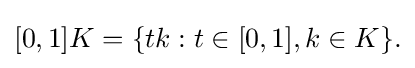
{\textstyle [0,1]K=\{tk:t\in [0,1],k\in K\}.}